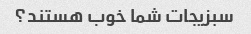
سبزیجات شما خوب هستند؟